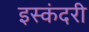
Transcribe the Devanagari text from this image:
इस्कंदरी